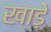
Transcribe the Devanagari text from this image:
खाड़े